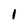
Character: I